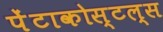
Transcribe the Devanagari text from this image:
पेंटाकोस्टल्स